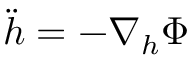
\ddot { h } = - \nabla _ { h } \Phi